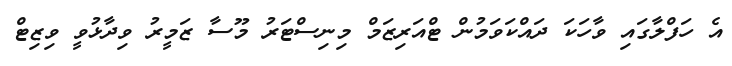
އެ ހަފްލާގައި ވާހަކަ ދައްކަވަމުން ޓްއަރިޒަމް މިނިސްޓަރު މޫސާ ޒަމީރު ވިދާޅުވީ ވިޒިޓް